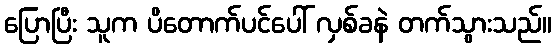
ပြောပြီး သူက ပိတောက်ပင်ပေါ် လှစ်ခနဲ တက်သွားသည်။